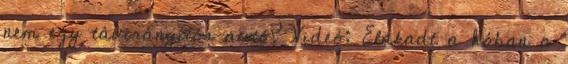
nem egy távirányítós autó? Videó: Elakadt a hóban a